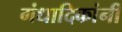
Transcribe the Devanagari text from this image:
गंधादिकांनीं